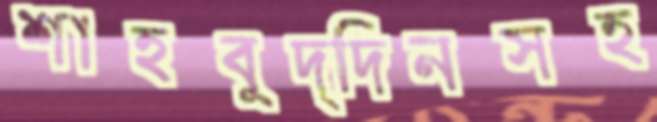
শাহবুদ্দিনসহ